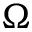
\Omega